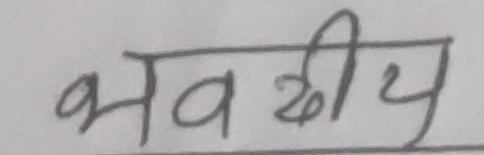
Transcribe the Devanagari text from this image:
भवदीय